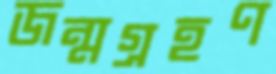
জন্মগ্রহণ